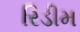
રિડીમ